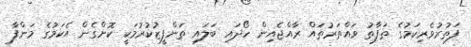
ފަތުރުވެރިކަމުގެ ތަފާތު ވައްތަރުތައް ރާއްޖެއިން ހޯދައި ބަލައި ތަންފީޒުކުރުމަކީ ކޮށްގެން އެކަމުގެ މަންފާ